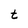
Character: t